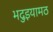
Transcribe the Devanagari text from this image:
भदुइयामठ